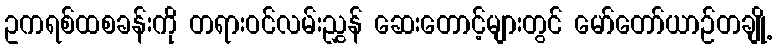
ဥကရစ်ထစခန်းကို တရားဝင်လမ်းညွှန် ဆေးတောင့်များတွင် မော်တော်ယာဉ်တချို့